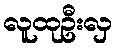
လူထုဦးလှ